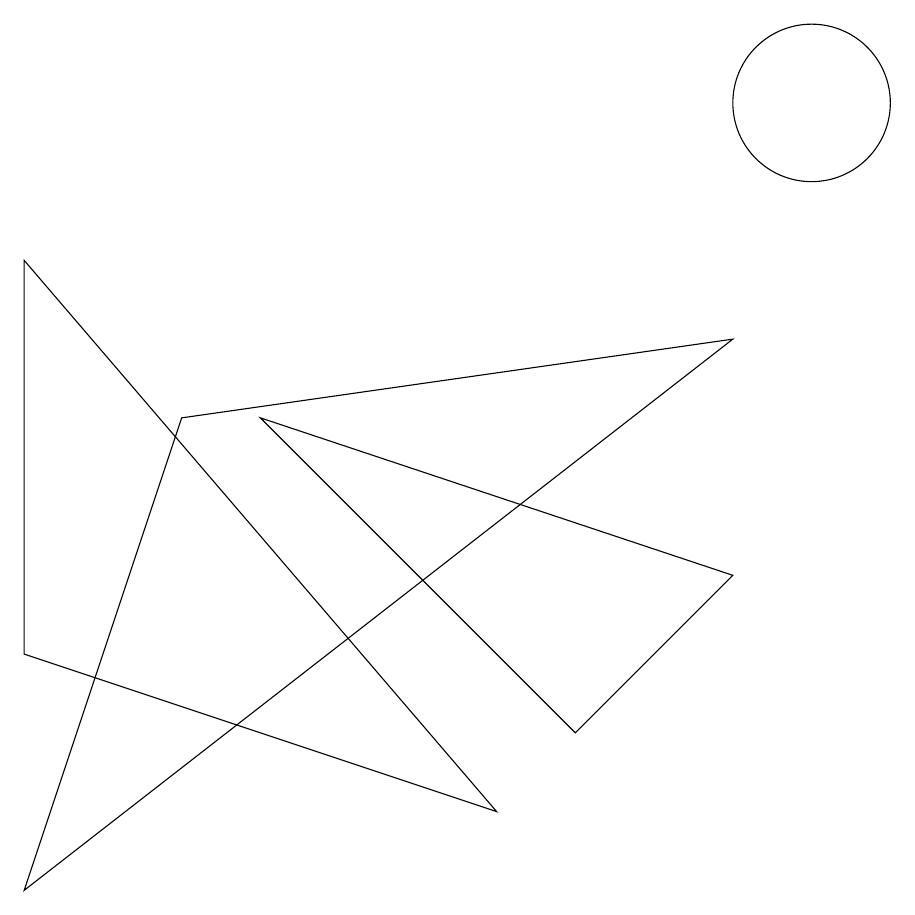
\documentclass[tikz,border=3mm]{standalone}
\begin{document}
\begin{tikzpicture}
\draw (7,2) -- (9,4) -- (3,6) -- cycle;
\draw (6,1) -- (0,8) -- (0,3) -- cycle;
\draw (9,7) -- (2,6) -- (0,0) -- cycle;
\draw (10,10) circle (1);
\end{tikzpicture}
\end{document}